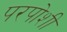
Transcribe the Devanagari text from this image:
परपोशी